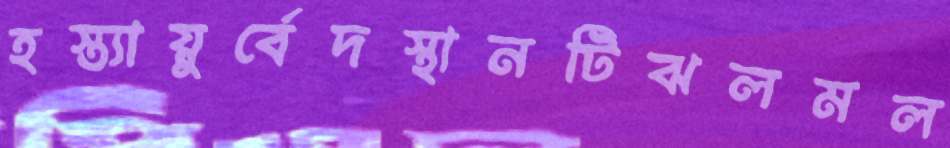
হস্ত্যায়ুর্বেদস্থানটিঝলমল